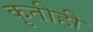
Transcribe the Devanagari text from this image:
कृतीही